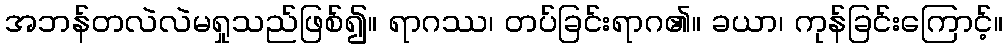
အဘန်တလဲလဲမရှုသည်ဖြစ်၍။ ရာဂဿ၊ တပ်ခြင်းရာဂ၏။ ခယာ၊ ကုန်ခြင်းကြောင့်။